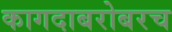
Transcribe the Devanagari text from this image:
कागदाबरोबरच